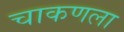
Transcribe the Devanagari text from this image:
चाकणला